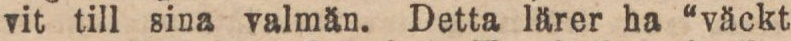
vit till sina valmän. Detta lärer ha “väckt